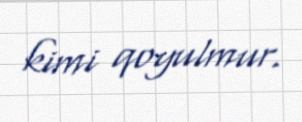
kimi qoyulmur.